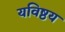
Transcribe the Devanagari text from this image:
यविष्ठय